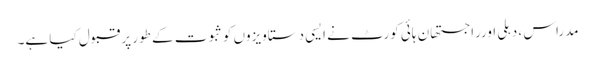
مدراس ، دہلی اورراجستھان ہائی کورٹ نے ایسی دستاویزوں کوثبوت کے طور پر قبول کیا ہے۔